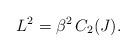
LaTeX: \begin{align*}L^{2}=\beta^{2}\,C_{2}(J).\end{align*}